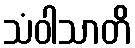
သံဝါသာတိ